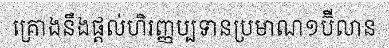
គ្រោងនឹងផ្តល់ហិរញ្ញប្បទានប្រមាណ១ប៊ីលាន